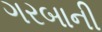
ગરબાની